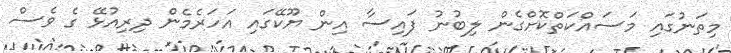
މިތަނުގައި މަސައްކަތްކޮށްގެން ލިބުނު ފައިސާ އިން ޔޫކޭގައި އަހަރެމެން ދިރިއުޅޭ ގެ ވެސް